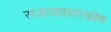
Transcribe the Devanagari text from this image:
राजव्यवहारकोष